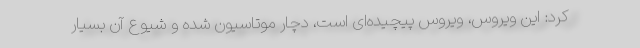
کرد: این ویروس، ویروس پیچیده‌ای است، دچار موتاسیون شده و شیوع آن بسیار